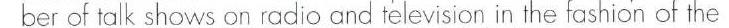
ber of talk shows on radio and television in the fashion of the